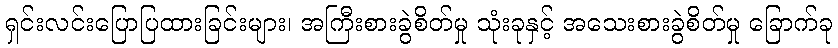
ရှင်းလင်းပြောပြထားခြင်းများ၊ အကြီးစားခွဲစိတ်မှု သုံးခုနှင့် အသေးစားခွဲစိတ်မှု ခြောက်ခု